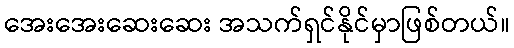
အေးအေးဆေးဆေး အသက်ရှင်နိုင်မှာဖြစ်တယ်။